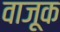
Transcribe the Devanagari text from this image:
वाजूक